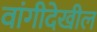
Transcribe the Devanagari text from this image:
वांगीदेखील